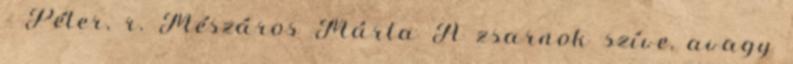
- Péter, r. Mészáros Márta A zsarnok szíve, avagy